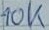
Text: 10K